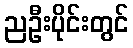
ညဦးပိုင်းတွင်